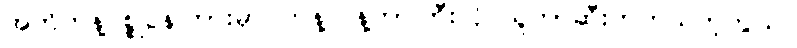
အတိတ်နဲ့ပစ္စုပ္ပန်ကြားမှာ ကန့်လန့်ကာကြီးလို သူကာဆီးတတ်သတဲ့ကွယ်။